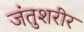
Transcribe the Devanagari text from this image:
जंतुशरीर